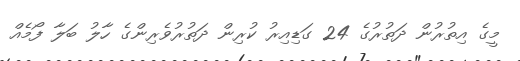
މީގެ އިތުރުން ދަތުރުގެ 24 ގަޑިއިރު ކުރިން ދަތުރުވެރިންގެ ހާލު ބަލާ ފޯމެއް